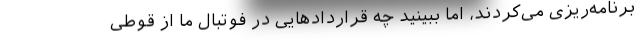
برنامه‌ریزی می‌کردند، اما ببینید چه قراردادهایی در فوتبال ما از قوطی